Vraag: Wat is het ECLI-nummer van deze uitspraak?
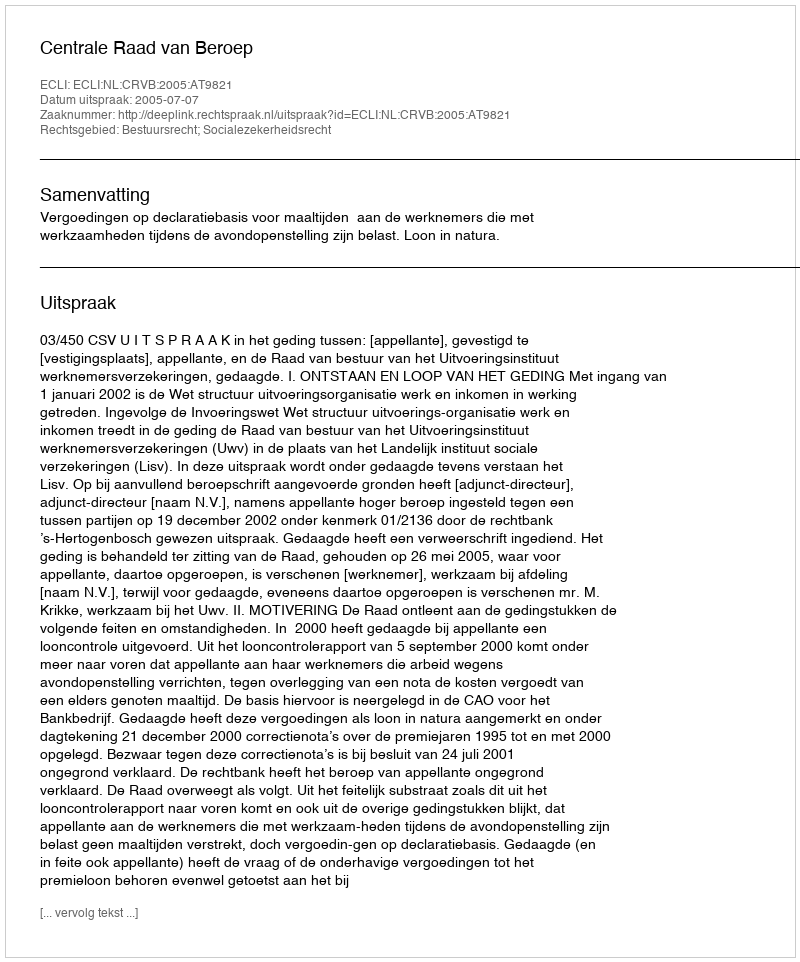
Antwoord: ECLI:NL:CRVB:2005:AT9821